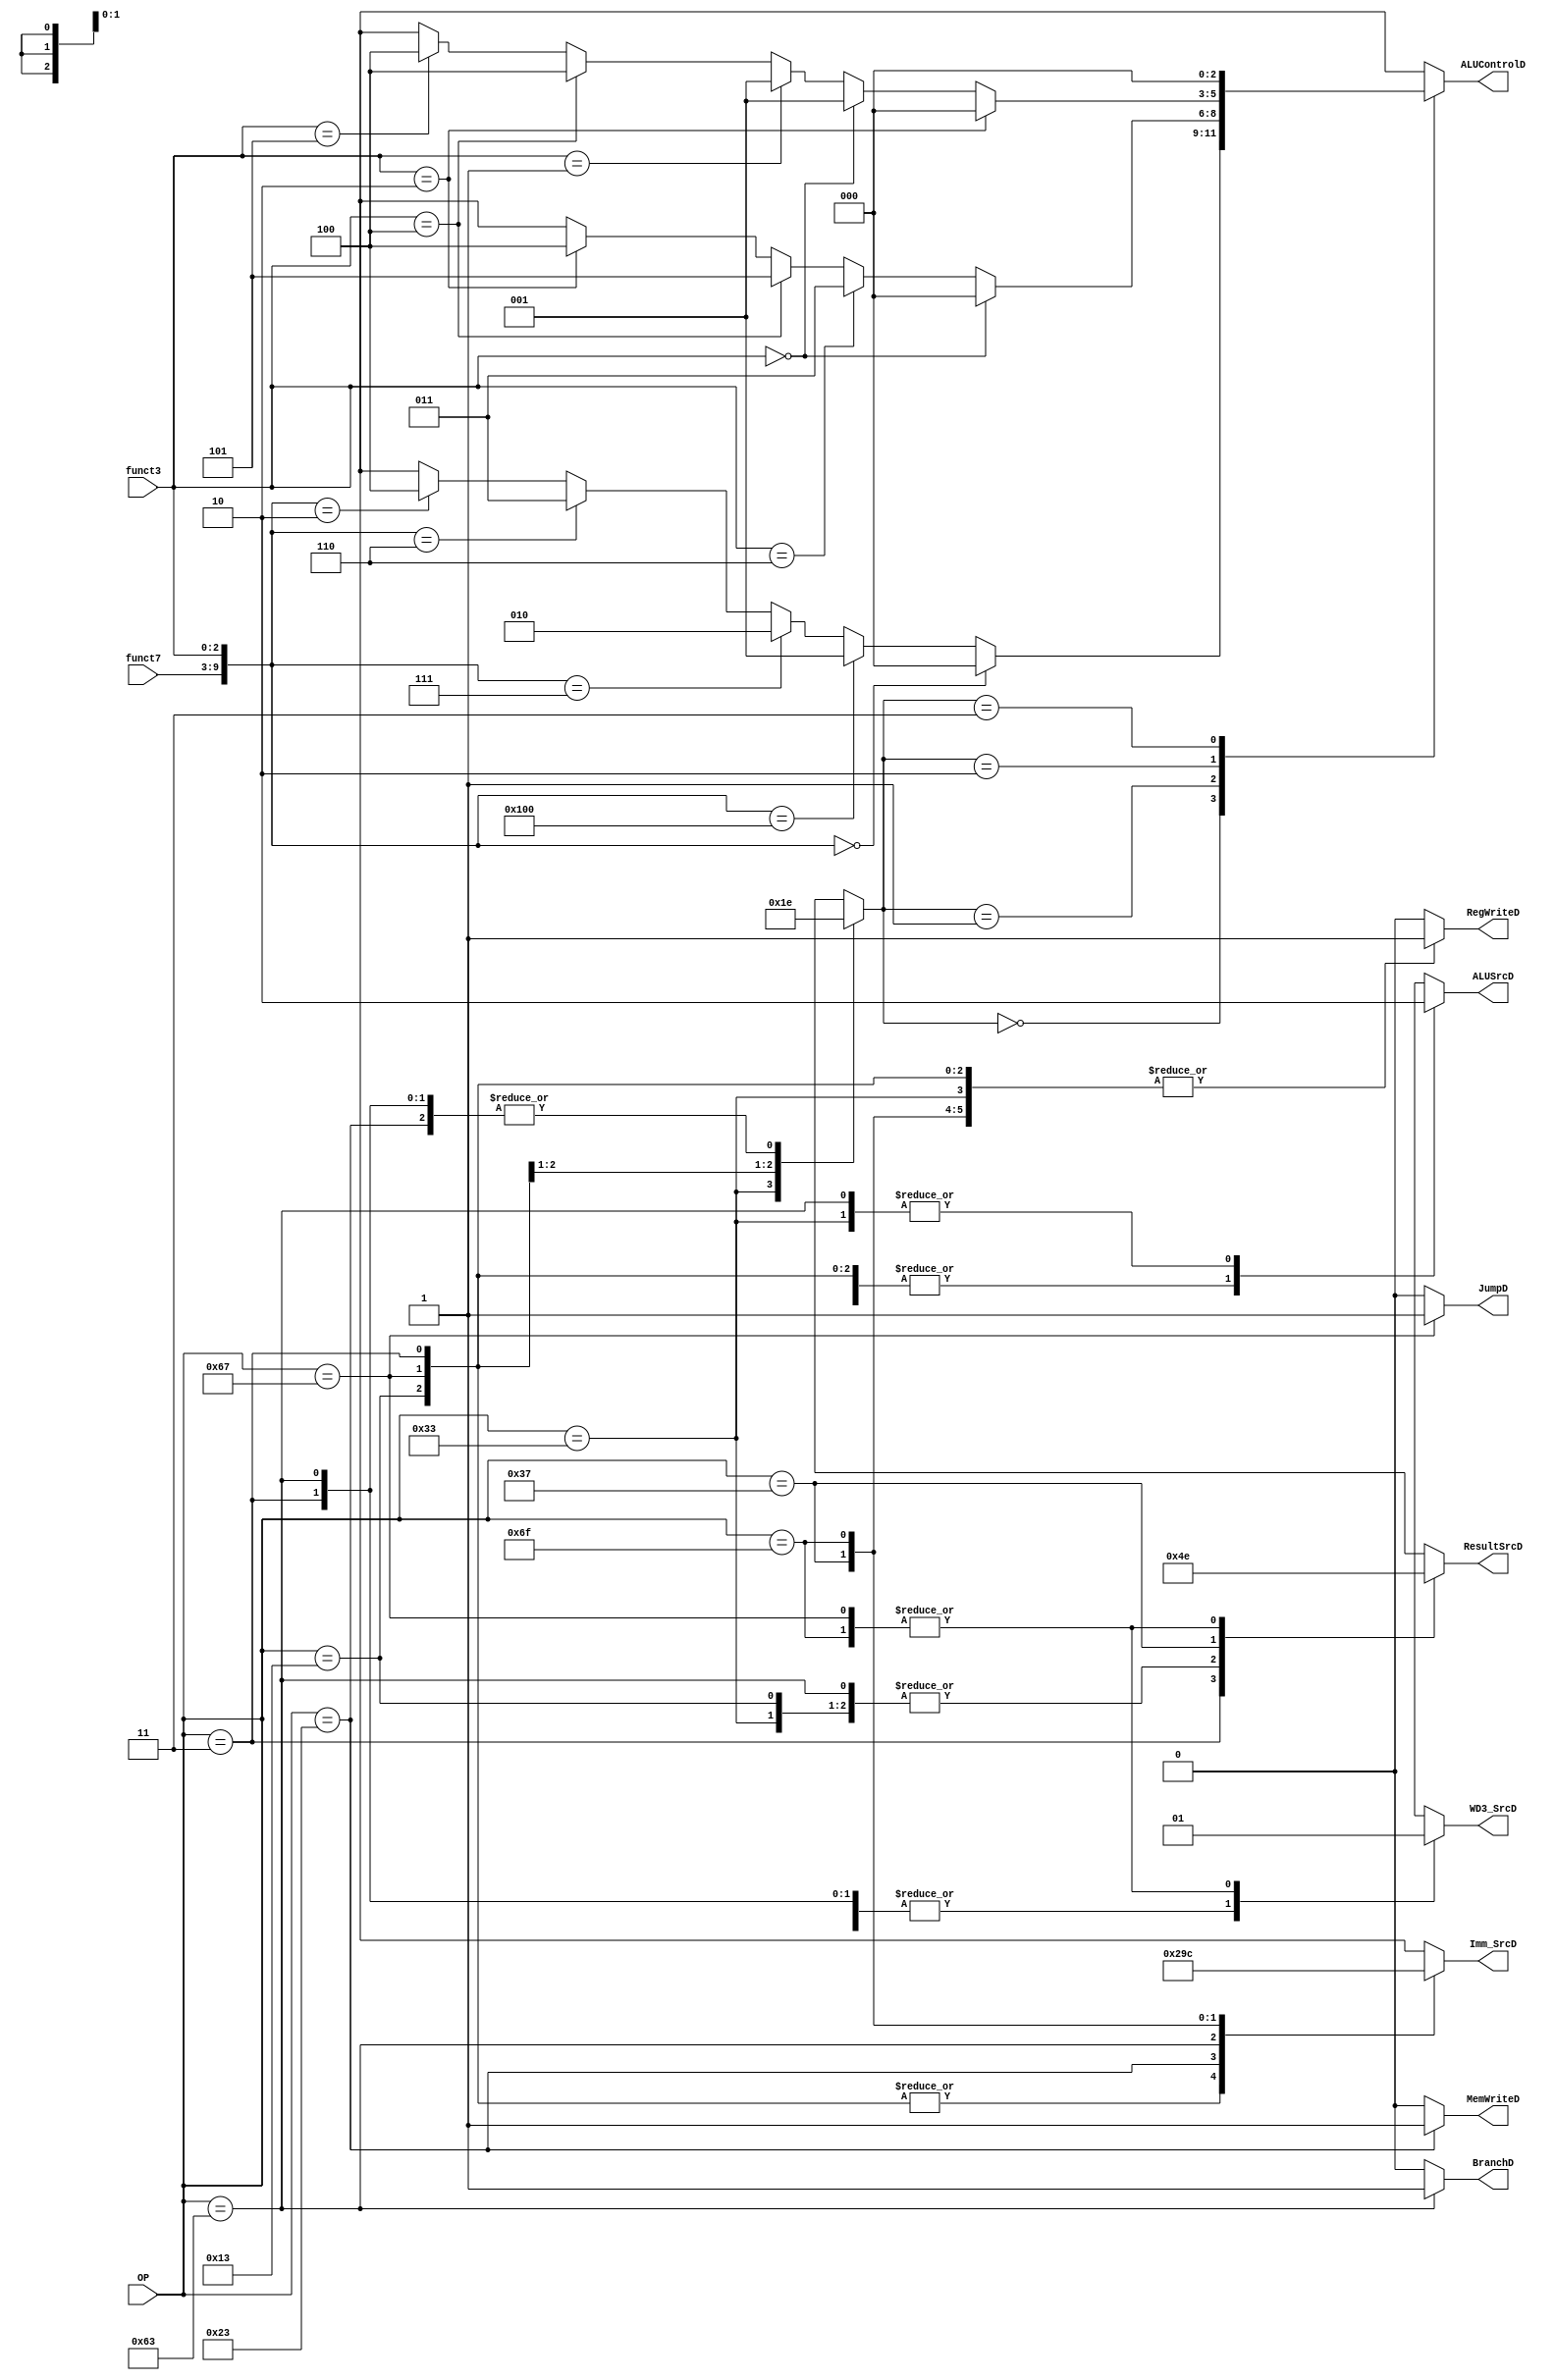
`timescale 1ns / 1ps
//////////////////////////////////////////////////////////////////////////////////
// Company: 
// Engineer: 
// 
// Design Name: 
// Module Name: Controller
// Project Name: 
// Target Devices: 
// Tool Versions: 
// Description: 
// 
// Dependencies: 
// 
// Revision:
// Revision 0.01 - File Created
// Additional Comments:
// 
//////////////////////////////////////////////////////////////////////////////////

module Controller (
    input [6:0] OP,funct7,
    input [2:0] funct3,
    output reg MemWriteD,ALUSrcD,RegWriteD,JumpD,BranchD,
    output reg [1:0] ResultSrcD,
    output reg [2:0] ALUControlD,
    output reg [2:0] Imm_SrcD,
    output reg WD3_SrcD
);
    always @(*)begin
         BranchD <=(OP==7'b1100011)?1'b1:1'b0;
    end
    
    wire [9:0] check;
    assign check={{funct7},{funct3}};
    reg [1:0] ALUOp;
    always @(OP) begin
	{RegWriteD,MemWriteD,BranchD,JumpD}=4'd0;
	{ALUSrcD,ResultSrcD,Imm_SrcD,WD3_SrcD,ALUOp}=11'bxxxxxxxxxxx;
        casex (OP)
            7'b0110011: begin  //R_type
                RegWriteD <= 1;
                Imm_SrcD <= 3'bxxx;
                ALUSrcD <= 0;
                MemWriteD <= 0;
                ResultSrcD <= 2'b00;
                ALUOp <= 2'b00;
                WD3_SrcD <=0;
            end 

            7'b0010011:begin  //I_type
                RegWriteD <= 1;
                Imm_SrcD <= 3'b000;
                ALUSrcD <= 1;
                MemWriteD <= 0;
                ResultSrcD<= 2'b00;
                ALUOp <= 2'b01;
                WD3_SrcD <=0;
            end

            7'b1100111:begin  //jalr
                RegWriteD <= 1;
                Imm_SrcD <= 3'b000;
                ALUSrcD <= 1;
                MemWriteD <= 0;
                ResultSrcD <= 2'b10;
                ALUOp <= 2'b11;
                WD3_SrcD <=1;
                JumpD <=1;
            end

            7'b0000011:begin  //Lw
                RegWriteD <= 1;
                Imm_SrcD <= 3'b000;
                ALUSrcD <= 1;
                MemWriteD <= 0;
                ResultSrcD <= 2'b01;
                ALUOp <= 2'b10;
                WD3_SrcD <=0;
            end

            7'b0100011:begin  //S_type
                RegWriteD <= 0;
                Imm_SrcD <= 3'b001;
                ALUSrcD <= 1;
                MemWriteD <= 1;
                ResultSrcD <= 2'bxx;
                ALUOp <= 2'b10;
                WD3_SrcD <=0;
            end
            7'b1100011:begin //B_type
                RegWriteD <= 0;
                Imm_SrcD <= 3'b010;
                ALUSrcD <= 0;
                MemWriteD <= 0;
                ResultSrcD <= 2'b00;
                BranchD <= 1;
                ALUOp <= 2'b10;
                WD3_SrcD <=0;
            end
            7'b0110111:begin//lui
                RegWriteD <= 1;
                Imm_SrcD <= 3'b011;
                ALUSrcD <= 1'bx;
                MemWriteD <= 0;
                ResultSrcD <= 2'b11;
                ALUOp <= 2'bxx;
                WD3_SrcD <=0;
            end    
            7'b1101111:begin//jal
                RegWriteD <= 1;
                Imm_SrcD <= 3'b100;
                ALUSrcD <= 1'bx;
                MemWriteD <= 0;
                ResultSrcD <= 2'b10;
                ALUOp <= 2'bxx;
                WD3_SrcD <=1;
            end  
            default:begin
                RegWriteD <= 0;
                Imm_SrcD <= 3'bxxx;
                ALUSrcD <= 1'bx;
                MemWriteD <= 0;
                ResultSrcD <= 2'bxx;
                ALUOp <= 2'bxx;
                WD3_SrcD <=1'bx;
            end 
            
        endcase
        
    end
    always @(ALUOp,check,funct3,funct7) begin
	ALUControlD=3'bxxx;
        case (ALUOp)
             2'b00:begin ALUControlD<=(check==10'b0)?3'b0:
                  (check==10'd256)?3'b001:
                  (check==10'd7)?3'b010:
                  (check==10'd6)?3'b011:
                  (check==10'd2)?3'b100:3'bxxx;
                  end
            2'b01:begin ALUControlD<=(funct3==3'b000)?3'b0:
                  (funct3==3'b110)?3'b011:
                  (funct3==3'b100)?3'b101:
                  (funct3==3'b010)?3'b100:3'bxxx;
                   end
            2'b10:begin ALUControlD<=(funct3==10'b010)?3'b0:
                  (funct3==3'b0)?3'b001:
                  (funct3==3'b001)?3'b001:
                  (funct3==3'b100)?3'b100:
                  (funct3==3'b101)?3'b100:3'bxxx;
                   end
            2'b11: ALUControlD<=3'b0;
            default: ALUControlD <= 3'bxxx;
        endcase
        
    end
endmodule